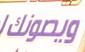
ويطونك